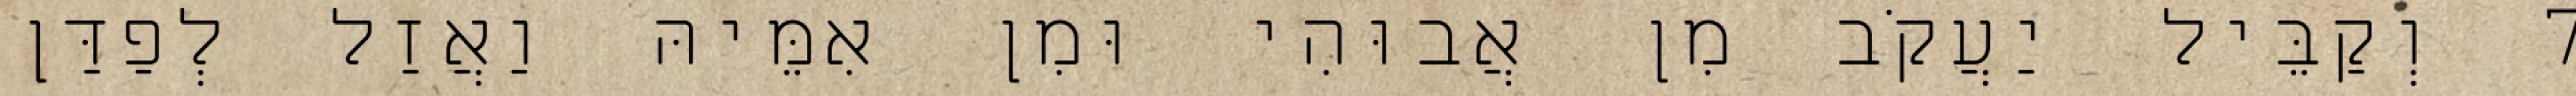
7 וְקַבֵּיל יַעֲקֹב מִן אֲבוּהִי וּמִן אִמֵּיהּ וַאֲזַל לְפַדַּן